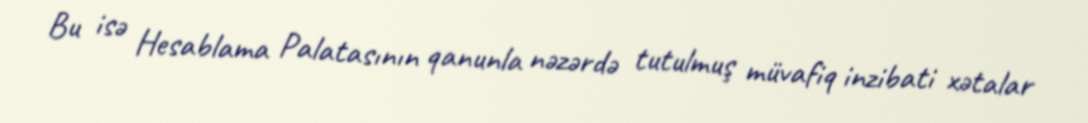
Bu isə Hesablama Palatasının qanunla nəzərdə tutulmuş müvafiq inzibati xətalar